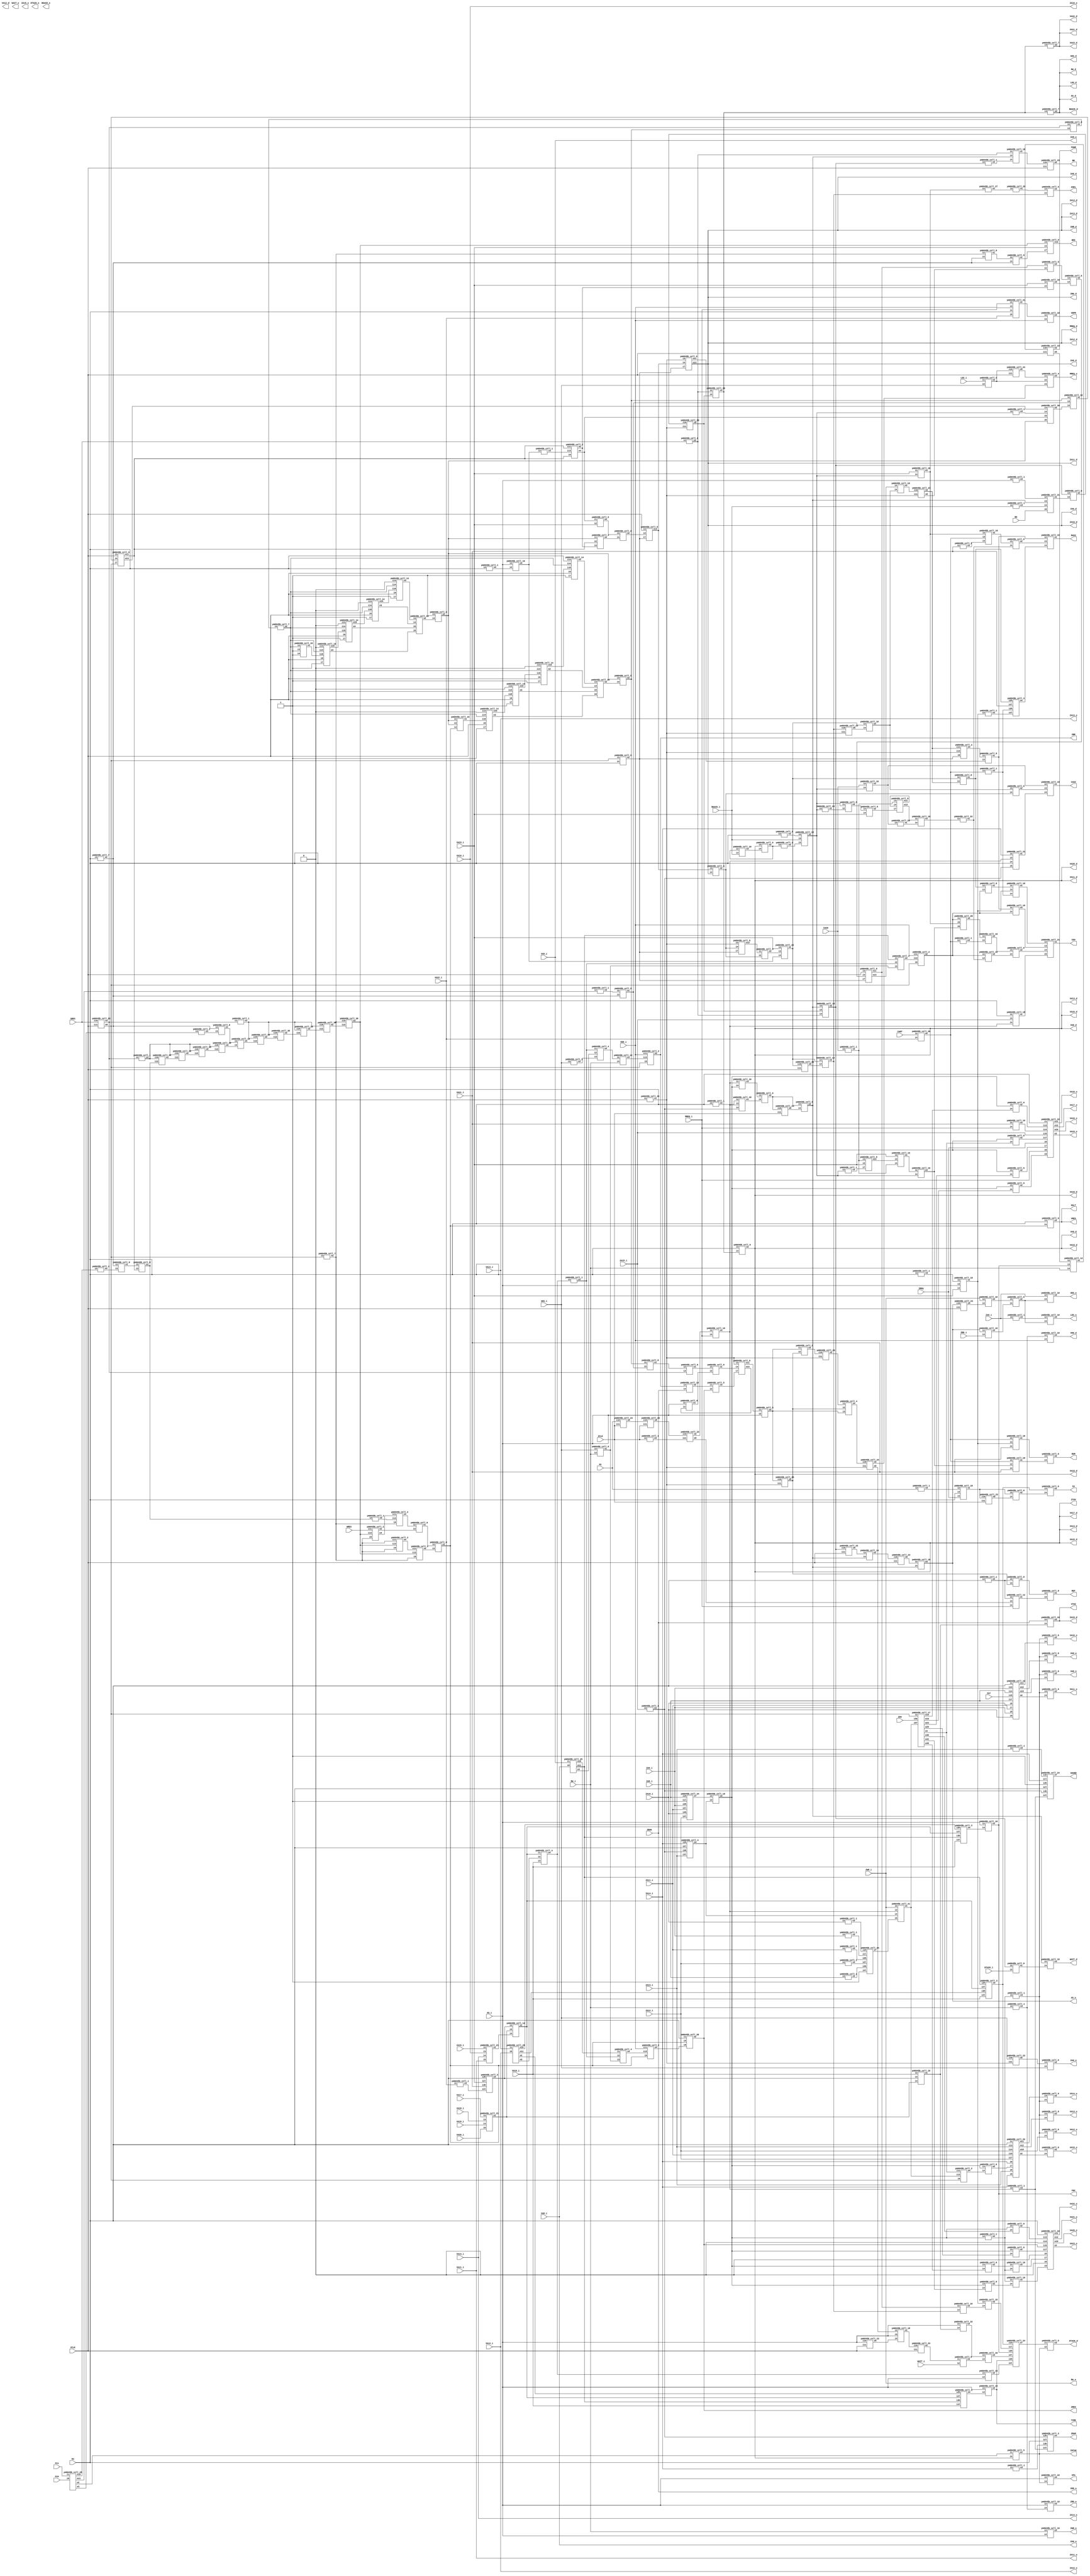
module ym6045b (  VA9_o, VA9_d, VA9_i, VA10_o, VA10_d, VA10_i, VA11_o, VA11_d, VA11_i, VA12_o, VA12_d, VA12_i, VA13_o, VA13_d, VA13_i, VA14_o, VA14_d, VA14_i, VA15_o, VA15_d, VA15_i, VA16_o, VA16_d, VA16_i, VA17_o, VA17_d, VA17_i, VA18_o, VA18_d, VA18_i, VA19_o, VA19_d, VA19_i, VA20_o, VA20_d, VA20_i, VA21_o, VA21_d, VA21_i, VA22_o, VA22_d, VA22_i, VA23_o, VA23_d, VA23_i, FC0, FC1, VPA, VRES, HALT, VD8_o, VD8_d, VD8_i, VCLK, TIME, CAS0, DTACK_o, DTACK_d, DTACK_i, RW_o, RW_d, RW_i, LDS_o, LDS_d, LDS_i, UDS_o, UDS_d, UDS_i, AS_o, AS_d, AS_i, INTAK, VDPM, BG, BGACK_o, BGACK_d, BGACK_i, BR, SOUND, ZCLK, WRES, ZRAM, REF, M1, ZRES, ZBR, WAIT_o, WAIT_d, WAIT_i, ZBAK, ZWR_o, ZWR_d, ZWR_i, ZRD_o, ZRD_d, ZRD_i, IREQ, MREQ_o, MREQ_d, MREQ_i, NMI, ZA0_o, ZA0_d, ZA0_i, ZA7, ZA8_o, ZA8_d, ZA8_i, ZA9_o, ZA9_d, ZA9_i, ZA10_o, ZA10_d, ZA10_i, ZA11_o, ZA11_d, ZA11_i, ZA12_o, ZA12_d, ZA12_i, ZA13_o, ZA13_d, ZA13_i, ZA14_o, ZA14_d, ZA14_i, ZA15_o, ZA15_d, ZA15_i, ZD0, FDWR, FDC, ROM, ASEL, CAS2, RAS2, CE0, VTOZ, ZTOV, SRES, IO, M3, CART, VA8_o, VA8_d, VA8_i);

	output wire VA9_o;
	output wire VA9_d;
	input wire VA9_i;
	output wire VA10_o;
	output wire VA10_d;
	input wire VA10_i;
	output wire VA11_o;
	output wire VA11_d;
	input wire VA11_i;
	output wire VA12_o;
	output wire VA12_d;
	input wire VA12_i;
	output wire VA13_o;
	output wire VA13_d;
	input wire VA13_i;
	output wire VA14_o;
	output wire VA14_d;
	input wire VA14_i;
	output wire VA15_o;
	output wire VA15_d;
	input wire VA15_i;
	output wire VA16_o;
	output wire VA16_d;
	input wire VA16_i;
	output wire VA17_o;
	output wire VA17_d;
	input wire VA17_i;
	output wire VA18_o;
	output wire VA18_d;
	input wire VA18_i;
	output wire VA19_o;
	output wire VA19_d;
	input wire VA19_i;
	output wire VA20_o;
	output wire VA20_d;
	input wire VA20_i;
	output wire VA21_o;
	output wire VA21_d;
	input wire VA21_i;
	output wire VA22_o;
	output wire VA22_d;
	input wire VA22_i;
	output wire VA23_o;
	output wire VA23_d;
	input wire VA23_i;
	input wire FC0;
	input wire FC1;
	output wire VPA;
	output wire VRES;
	output wire HALT;
	output wire VD8_o;
	output wire VD8_d;
	input wire VD8_i;
	input wire VCLK;
	output wire TIME;
	input wire CAS0;
	output wire DTACK_o;
	output wire DTACK_d;
	input wire DTACK_i;
	output wire RW_o;
	output wire RW_d;
	input wire RW_i;
	output wire LDS_o;
	output wire LDS_d;
	input wire LDS_i;
	output wire UDS_o;
	output wire UDS_d;
	input wire UDS_i;
	output wire AS_o;
	output wire AS_d;
	input wire AS_i;
	output wire INTAK;
	output wire VDPM;
	input wire BG;
	output wire BGACK_o;
	output wire BGACK_d;
	input wire BGACK_i;
	output wire BR;
	output wire SOUND;
	input wire ZCLK;
	input wire WRES;
	output wire ZRAM;
	output wire REF;
	input wire M1;
	output wire ZRES;
	output wire ZBR;
	output wire WAIT_o;
	output wire WAIT_d;
	input wire WAIT_i;
	input wire ZBAK;
	output wire ZWR_o;
	output wire ZWR_d;
	input wire ZWR_i;
	output wire ZRD_o;
	output wire ZRD_d;
	input wire ZRD_i;
	input wire IREQ;
	output wire MREQ_o;
	output wire MREQ_d;
	input wire MREQ_i;
	output wire NMI;
	output wire ZA0_o;
	output wire ZA0_d;
	input wire ZA0_i;
	input wire ZA7;
	output wire ZA8_o;
	output wire ZA8_d;
	input wire ZA8_i;
	output wire ZA9_o;
	output wire ZA9_d;
	input wire ZA9_i;
	output wire ZA10_o;
	output wire ZA10_d;
	input wire ZA10_i;
	output wire ZA11_o;
	output wire ZA11_d;
	input wire ZA11_i;
	output wire ZA12_o;
	output wire ZA12_d;
	input wire ZA12_i;
	output wire ZA13_o;
	output wire ZA13_d;
	input wire ZA13_i;
	output wire ZA14_o;
	output wire ZA14_d;
	input wire ZA14_i;
	output wire ZA15_o;
	output wire ZA15_d;
	input wire ZA15_i;
	input wire ZD0;
	output wire FDWR;
	output wire FDC;
	output wire ROM;
	output wire ASEL;
	output wire CAS2;
	output wire RAS2;
	output wire CE0;
	output wire VTOZ;
	output wire ZTOV;
	input wire SRES;
	output wire IO;
	input wire M3;
	input wire CART;
	output wire VA8_o;
	output wire VA8_d;
	input wire VA8_i;

	// Wires

	wire w1;
	wire w2;
	wire w3;
	wire w4;
	wire w5;
	wire w6;
	wire w7;
	wire w8;
	wire w9;
	wire w10;
	wire w11;
	wire w12;
	wire w13;
	wire w14;
	wire w15;
	wire w16;
	wire w17;
	wire w18;
	wire w19;
	wire w20;
	wire w21;
	wire w22;
	wire w23;
	wire w24;
	wire w25;
	wire w26;
	wire w27;
	wire w28;
	wire w29;
	wire w30;
	wire w31;
	wire w32;
	wire w33;
	wire w34;
	wire w35;
	wire w36;
	wire w37;
	wire w38;
	wire w39;
	wire w40;
	wire w41;
	wire w42;
	wire w43;
	wire w44;
	wire w45;
	wire w46;
	wire w47;
	wire w48;
	wire w49;
	wire w50;
	wire w51;
	wire w52;
	wire w53;
	wire w54;
	wire w55;
	wire w56;
	wire w57;
	wire w58;
	wire w59;
	wire w60;
	wire w61;
	wire w62;
	wire w63;
	wire w64;
	wire w65;
	wire w66;
	wire w67;
	wire w68;
	wire w69;
	wire w70;
	wire w71;
	wire w72;
	wire w73;
	wire w74;
	wire w75;
	wire w76;
	wire w77;
	wire w78;
	wire w79;
	wire w80;
	wire w81;
	wire w82;
	wire w83;
	wire w84;
	wire w85;
	wire w86;
	wire w87;
	wire w88;
	wire w89;
	wire w90;
	wire w91;
	wire w92;
	wire w93;
	wire w94;
	wire w95;
	wire w96;
	wire w97;
	wire w98;
	wire w99;
	wire w100;
	wire w101;
	wire w102;
	wire w103;
	wire w104;
	wire w105;
	wire w106;
	wire w107;
	wire w108;
	wire w109;
	wire w110;
	wire w111;
	wire w112;
	wire w113;
	wire w114;
	wire w115;
	wire w116;
	wire w117;
	wire w118;
	wire w119;
	wire w120;
	wire w121;
	wire w122;
	wire w123;
	wire w124;
	wire w125;
	wire w126;
	wire w127;
	wire w128;
	wire w129;
	wire w130;
	wire w131;
	wire w132;
	wire w133;
	wire w134;
	wire w135;
	wire w136;
	wire w137;
	wire w138;
	wire w139;
	wire w140;
	wire w141;
	wire w142;
	wire w143;
	wire w144;
	wire w145;
	wire w146;
	wire w147;
	wire w148;
	wire w149;
	wire w150;
	wire w151;
	wire w152;
	wire w153;
	wire w154;
	wire w155;
	wire w156;
	wire w157;
	wire w158;
	wire w159;
	wire w160;
	wire w161;
	wire w162;
	wire w163;
	wire w164;
	wire w165;
	wire w166;
	wire w167;
	wire w168;
	wire w169;
	wire w170;
	wire w171;
	wire w172;
	wire w173;
	wire w174;
	wire w175;
	wire w176;
	wire w177;
	wire w178;
	wire w179;
	wire w180;
	wire w181;
	wire w182;
	wire w183;
	wire w184;
	wire w185;
	wire w186;
	wire w187;
	wire w188;
	wire w189;
	wire w190;
	wire w191;
	wire w192;
	wire w193;
	wire w194;
	wire w195;
	wire w196;
	wire w197;
	wire w198;
	wire w199;
	wire w200;
	wire w201;
	wire w202;
	wire w203;
	wire w204;
	wire w205;
	wire w206;
	wire w207;
	wire w208;
	wire w209;
	wire w210;
	wire w211;
	wire w212;
	wire w213;
	wire w214;
	wire w215;
	wire w216;
	wire w217;
	wire w218;
	wire w219;
	wire w220;
	wire w221;
	wire w222;
	wire w223;
	wire w224;
	wire w225;
	wire w226;
	wire w227;
	wire w228;
	wire w229;
	wire w230;
	wire w231;
	wire w232;
	wire w233;
	wire w234;
	wire w235;
	wire w236;
	wire w237;
	wire w238;
	wire w239;
	wire w240;
	wire w241;
	wire w242;
	wire w243;
	wire w244;
	wire w245;
	wire w246;
	wire w247;
	wire w248;
	wire w249;
	wire w250;
	wire w251;
	wire w252;
	wire w253;
	wire w254;
	wire w255;
	wire w256;
	wire w257;
	wire w258;
	wire w259;
	wire w260;
	wire w261;
	wire w262;
	wire w263;
	wire w264;
	wire w265;
	wire w266;
	wire w267;
	wire w268;
	wire w269;
	wire w270;
	wire w271;
	wire w272;
	wire w273;
	wire w274;
	wire w275;
	wire w276;
	wire w277;
	wire w278;
	wire w279;
	wire w280;
	wire w281;
	wire w282;
	wire w283;
	wire w284;
	wire w285;
	wire w286;
	wire w287;
	wire w288;
	wire w289;
	wire w290;
	wire w291;
	wire w292;
	wire w293;
	wire w294;
	wire w295;
	wire w296;
	wire w297;
	wire w298;
	wire w299;
	wire w300;
	wire w301;
	wire w302;
	wire w303;
	wire w304;
	wire w305;
	wire w306;
	wire w307;
	wire w308;
	wire w309;
	wire w310;
	wire w311;
	wire w312;
	wire w313;
	wire w314;
	wire w315;
	wire w316;
	wire w317;
	wire w318;
	wire w319;
	wire w320;
	wire w321;
	wire w322;
	wire w323;
	wire w324;
	wire w325;
	wire w326;
	wire w327;
	wire w328;
	wire w329;
	wire w330;
	wire w331;
	wire w332;
	wire w333;
	wire w334;
	wire w335;
	wire w336;
	wire w337;
	wire w338;
	wire w339;
	wire w340;
	wire w341;
	wire w342;
	wire w343;
	wire w344;
	wire w345;
	wire w346;
	wire w347;
	wire w348;
	wire w349;
	wire w350;
	wire w351;
	wire w352;
	wire w353;
	wire w354;
	wire w355;
	wire w356;
	wire w357;
	wire w358;
	wire w359;
	wire w360;
	wire w361;
	wire w362;
	wire w363;
	wire w364;
	wire w365;
	wire w366;
	wire w367;
	wire w368;
	wire w369;
	wire w370;
	wire w371;
	wire w372;
	wire w373;
	wire w374;
	wire w375;
	wire w376;
	wire w377;
	wire w378;
	wire w379;
	wire w380;
	wire w381;
	wire w382;
	wire w383;
	wire w384;
	wire w385;
	wire w386;
	wire w387;
	wire w388;
	wire w389;
	wire w390;
	wire w391;
	wire w392;
	wire w393;
	wire w394;

	assign VA9_o = w12;
	assign VA9_d = w221;
	assign w364 = VA9_i;
	assign VA10_o = w15;
	assign VA10_d = w221;
	assign w77 = VA10_i;
	assign VA11_o = w19;
	assign VA11_d = w221;
	assign w75 = VA11_i;
	assign VA12_o = w262;
	assign w59 = VA12_i;
	assign VA13_o = w271;
	assign VA13_d = w221;
	assign w40 = VA13_i;
	assign VA14_o = w282;
	assign VA14_d = w221;
	assign w41 = VA14_i;
	assign VA15_o = w287;
	assign VA15_d = w221;
	assign w277 = VA15_i;
	assign VA16_o = w337;
	assign VA16_d = w221;
	assign w203 = VA16_i;
	assign VA17_o = w338;
	assign VA17_d = w221;
	assign w367 = VA17_i;
	assign VA18_o = w339;
	assign VA18_d = w221;
	assign w368 = VA18_i;
	assign VA19_o = w369;
	assign VA19_d = w221;
	assign w370 = VA19_i;
	assign VA20_o = w372;
	assign VA20_d = w221;
	assign w371 = VA20_i;
	assign VA21_o = w373;
	assign VA21_d = w374;
	assign w245 = VA21_i;
	assign VA22_o = w375;
	assign VA22_d = w374;
	assign w234 = VA22_i;
	assign VA23_o = w376;
	assign VA23_d = w374;
	assign w108 = VA23_i;
	assign w305 = FC0;
	assign w304 = FC1;
	assign VPA = w302;
	assign VRES = w303;
	assign HALT = w303;
	assign VD8_o = w145;
	assign VD8_d = w174;
	assign w119 = VD8_i;
	assign w10 = VCLK;
	assign TIME = w202;
	assign w43 = CAS0;
	assign DTACK_o = w296;
	assign DTACK_d = w292;
	assign w211 = DTACK_i;
	assign RW_o = w377;
	assign RW_d = w297;
	assign w31 = RW_i;
	assign LDS_o = w134;
	assign LDS_d = w297;
	assign w298 = LDS_i;
	assign UDS_o = w133;
	assign UDS_d = w297;
	assign w139 = UDS_i;
	assign AS_o = w152;
	assign AS_d = w297;
	assign w5 = AS_i;
	assign INTAK = w293;
	assign VDPM = w291;
	assign w209 = BG;
	assign BGACK_o = w294;
	assign BGACK_d = w297;
	assign w210 = BGACK_i;
	assign BR = w295;
	assign SOUND = w110;
	assign w151 = ZCLK;
	assign w140 = WRES;
	assign ZRAM = w384;
	assign REF = w167;
	assign w385 = M1;
	assign ZRES = w169;
	assign ZBR = w171;
	assign WAIT_o = w164;
	assign WAIT_d = w178;
	assign w48 = WAIT_i;
	assign w145 = ZBAK;
	assign ZWR_o = w386;
	assign ZWR_d = w95;
	assign w377 = ZWR_i;
	assign ZRD_o = w387;
	assign ZRD_d = w95;
	assign w388 = ZRD_i;
	assign w147 = IREQ;
	assign MREQ_o = w180;
	assign MREQ_d = w95;
	assign w123 = MREQ_i;
	assign NMI = w391;
	assign ZA0_o = w389;
	assign ZA0_d = w95;
	assign w390 = ZA0_i;
	assign w379 = ZA7;
	assign ZA8_o = w2;
	assign ZA8_d = w95;
	assign w378 = ZA8_i;
	assign ZA9_o = w364;
	assign ZA9_d = w95;
	assign w73 = ZA9_i;
	assign ZA10_o = w77;
	assign ZA10_d = w95;
	assign w72 = ZA10_i;
	assign ZA11_o = w75;
	assign ZA11_d = w95;
	assign w71 = ZA11_i;
	assign ZA12_o = w59;
	assign ZA12_d = w95;
	assign w76 = ZA12_i;
	assign ZA13_o = w40;
	assign ZA13_d = w95;
	assign w90 = ZA13_i;
	assign ZA14_o = w41;
	assign ZA14_d = w95;
	assign w49 = ZA14_i;
	assign ZA15_o = w1;
	assign ZA15_d = w11;
	assign w8 = ZA15_i;
	assign w247 = ZD0;
	assign FDWR = w192;
	assign FDC = w193;
	assign ROM = w230;
	assign ASEL = w235;
	assign CAS2 = w194;
	assign RAS2 = w233;
	assign CE0 = w9;
	assign VTOZ = w11;
	assign ZTOV = w221;
	assign w229 = SRES;
	assign IO = w195;
	assign w53 = M3;
	assign w231 = CART;
	assign VA8_o = w4;
	assign VA8_d = w221;
	assign w2 = VA8_i;

	// Instances

	ym6045b_cell_23 g1 (.o5(w3), .i10(w5), .i11(w10) );
	ym6045b_cell_18 g2 (.o1(w7), .i2(w6), .i3(w5), .i4(w3) );
	ym6045b_cell_23 g3 (.o2(w13), .i10(w7), .i11(w10) );
	ym6045b_cell_6 g4 (.o2(w15), .i3(w14), .i4(w16) );
	ym6045b_cell_6 g5 (.o2(w4), .i3(w14), .i4(w17) );
	ym6045b_cell_6 g6 (.o2(w19), .i3(w14), .i4(w20) );
	ym6045b_cell_10 g7 (.i2(w21), .o3(w22), .i4(w23) );
	ym6045b_cell_21 g8 (.o1(w9), .i2(w35), .i3(w22), .i4(w36), .i5(w50) );
	ym6045b_cell_6 g9 (.o2(w36), .i3(w37), .i4(w38) );
	ym6045b_cell_10 g10 (.i2(w23), .o3(w38), .i4(w18) );
	ym6045b_cell_20 g11 (.o1(w32), .i2(w39) );
	ym6045b_cell_5 g12 (.i1(w13), .i2(w48), .o3(w47) );
	ym6045b_cell_18 g13 (.o1(w50), .i2(w53), .i3(w8), .i4(w54) );
	ym6045b_cell_21 g14 (.o1(w45), .i2(w49), .i3(w54), .i4(w53), .i5(w55) );
	ym6045b_cell_6 g15 (.o2(w12), .i3(w14), .i4(w60) );
	ym6045b_cell_6 g16 (.o2(w61), .i3(w62), .i4(w53) );
	ym6045b_cell_7 g17 (.o2(w63), .i3(w64) );
	ym6045b_cell_8 g18 (.o1(w64), .i2(w65), .i3(w66) );
	ym6045b_cell_22 g19 (.i1(w53), .o2(w20), .i6(w72), .i7(w71), .i8(w73), .i9(w72), .o11(w16), .o12(w60), .i13(w73), .i14(w378), .i15(w379), .i17(w378), .o19(w17) );
	ym6045b_cell_24 g20 (.i1h(w378), .i1l(1'b1), .i2h(w73), .i2l(w71), .i4h(w72), .i4l(w76), .o7(w78) );
	ym6045b_cell_1 g21 (.i2(w72), .o3(w380) );
	ym6045b_cell_1 g22 (.i2(w76), .o3(w79) );
	ym6045b_cell_1 g23 (.i2(w71), .o3(w381) );
	ym6045b_cell_10 g24 (.i2(w78), .o3(w86), .i4(w91) );
	ym6045b_cell_1 g25 (.i2(w73), .o3(w89) );
	ym6045b_cell_24 g26 (.i1h(w380), .i1l(w89), .i2h(w381), .i2l(w79), .i4h(w382), .i4l(1'b1), .o7(w92) );
	ym6045b_cell_1 g27 (.i2(w378), .o3(w382) );
	ym6045b_cell_5 g28 (.i1(w88), .i2(w80), .o3(w87) );
	ym6045b_cell_9 g29 (.i3(w96), .i4(w80), .i7(w61), .o13(w88) );
	ym6045b_cell_1 g30 (.i2(w90), .o3(w383) );
	ym6045b_cell_3 g31 (.i2h(w49), .i2l(w53), .i3h(w55), .i3l(w90), .o4(w91) );
	ym6045b_cell_21 g32 (.o1(w98), .i2(w377), .i3(w54), .i4(w91), .i5(w92) );
	ym6045b_cell_1 g33 (.i2(w8), .o3(w55) );
	ym6045b_cell_25 g34 (.i1(w364), .o3(w99), .i6(w2), .o10(w107), .o11(w57) );
	ym6045b_cell_1 g35 (.i2(w54), .o3(w109) );
	ym6045b_cell_1 g36 (.i2(w49), .o3(w393) );
	ym6045b_cell_3 g37 (.i2h(w55), .i2l(w53), .i3h(w393), .i3l(w109), .o4(w384) );
	ym6045b_cell_24 g38 (.i1h(w383), .i1l(w49), .i2h(1'b1), .i2l(w53), .i4h(w55), .i4l(w109), .o7(w110) );
	ym6045b_cell_1 g39 (.i2(w53), .o3(w111) );
	ym6045b_cell_18 g40 (.o1(w113), .i2(w111), .i3(w54), .i4(w55) );
	ym6045b_cell_10 g41 (.i2(w54), .o3(w114), .i4(w86) );
	ym6045b_cell_6 g42 (.o2(w115), .i3(w114), .i4(w113) );
	ym6045b_cell_4 g43 (.i1(w107), .i2(w52), .i3(w116), .o4(w117) );
	ym6045b_cell_4 g44 (.i1(w57), .i2(w52), .i3(w116), .o4(w118) );
	ym6045b_cell_2 g45 (.o2(w23), .i9(w62), .i11(w119), .i13(w118) );
	ym6045b_cell_10 g46 (.i2(w124), .o3(w54), .i4(w123) );
	ym6045b_cell_8 g47 (.o1(w125), .i2(w66), .i3(w84) );
	ym6045b_cell_8 g48 (.o1(w126), .i2(w125), .i3(w65) );
	ym6045b_cell_9 g49 (.i3(w128), .i4(w108), .i7(w130), .o13(w391) );
	ym6045b_cell_1 g50 (.i2(w390), .o3(w132) );
	ym6045b_cell_10 g51 (.i2(w390), .o3(w133), .i4(w137) );
	ym6045b_cell_10 g52 (.i2(w132), .o3(w134), .i4(w137) );
	ym6045b_cell_6 g53 (.o2(w389), .i3(w138), .i4(w139) );
	ym6045b_cell_23 g54 (.o5(w138), .i10(w139), .i11(w96) );
	ym6045b_cell_4 g55 (.i1(w52), .i2(w99), .i3(w141), .o4(w142) );
	ym6045b_cell_1 g56 (.i2(w139), .o3(w141) );
	ym6045b_cell_8 g57 (.o1(w116), .i2(w139), .i3(w31) );
	ym6045b_cell_6 g58 (.o2(w137), .i3(w148), .i4(w149) );
	ym6045b_cell_10 g59 (.i2(w377), .o3(w148), .i4(w150) );
	ym6045b_cell_10 g60 (.i2(w152), .o3(w149), .i4(w388) );
	ym6045b_cell_18 g61 (.o1(w189), .i2(w190), .i3(w53), .i4(w147) );
	ym6045b_cell_1 g62 (.i2(w385), .o3(w190) );
	ym6045b_cell_23 g63 (.o5(w191), .i10(w385), .i11(w151) );
	ym6045b_cell_23 g64 (.o5(w186), .i10(w191), .i11(w151) );
	ym6045b_cell_23 g65 (.o2(w124), .o5(w177), .i10(w186), .i11(w185) );
	ym6045b_cell_1 g66 (.i2(w151), .o3(w185) );
	ym6045b_cell_10 g67 (.i2(w5), .o3(w387), .i4(w184) );
	ym6045b_cell_1 g68 (.i2(w31), .o3(w184) );
	ym6045b_cell_10 g69 (.i2(w184), .o3(w174), .i4(w119) );
	ym6045b_cell_6 g70 (.o2(w104), .i3(w115), .i4(w179) );
	ym6045b_cell_23 g71 (.o5(w179), .i10(w115), .i11(w151) );
	ym6045b_cell_10 g72 (.i2(w31), .o3(w386), .i4(w5) );
	ym6045b_cell_12 g73 (.o1(w168), .i2(w165), .i3(w177), .i4(w123) );
	ym6045b_cell_1 g74 (.i2(w53), .o3(w165) );
	ym6045b_cell_10 g75 (.i2(w142), .o3(w176), .i4(w31) );
	ym6045b_cell_2 g76 (.o2(w171), .i9(w62), .i11(w119), .i13(w176) );
	ym6045b_cell_10 g77 (.i2(w171), .o3(w170), .i4(w145) );
	ym6045b_cell_5 g78 (.i1(w170), .i2(w169), .o3(w156) );
	ym6045b_cell_8 g79 (.o1(w167), .i2(w166), .i3(w168) );
	ym6045b_cell_8 g80 (.o1(w166), .i2(w165), .i3(w159) );
	ym6045b_cell_23 g81 (.o2(w163), .o5(w6), .i10(w162), .i11(w96) );
	ym6045b_cell_23 g82 (.o5(w159), .i10(w158), .i11(w96) );
	ym6045b_cell_4 g83 (.i1(w161), .i2(w159), .i3(w158), .o4(w162) );
	ym6045b_cell_23 g84 (.o2(w161), .i10(w160), .i11(w96) );
	ym6045b_cell_5 g85 (.i1(w158), .i2(w159), .o3(w160) );
	ym6045b_cell_5 g86 (.i1(w155), .i2(w5), .o3(w158) );
	ym6045b_cell_9 g87 (.i3(w96), .i4(w157), .i7(w156), .o11(w155), .o13(w153) );
	ym6045b_cell_8 g88 (.o1(w157), .i2(w126), .i3(w154) );
	ym6045b_cell_8 g89 (.o1(w154), .i2(w5), .i3(w153) );
	ym6045b_cell_9 g90 (.i3(w24), .i4(w25), .i7(w26), .o11(w25), .o13(w28) );
	ym6045b_cell_6 g91 (.o2(w26), .i3(w27), .i4(w108) );
	ym6045b_cell_10 g92 (.i2(w28), .o3(w29), .i4(w30) );
	ym6045b_cell_33 g93 (.o1(w18), .i2(w29) );
	ym6045b_cell_5 g94 (.i1(w39), .i2(w32), .o3(w27) );
	ym6045b_cell_23 g95 (.o2(w192), .o5(w33), .i10(w34), .i11(w10) );
	ym6045b_cell_12 g96 (.o1(w34), .i2(w33), .i3(w193), .i4(w31) );
	ym6045b_cell_20 g97 (.o1(w30), .i2(w42) );
	ym6045b_cell_1 g98 (.i2(w43), .o3(w24) );
	ym6045b_cell_10 g99 (.i2(w43), .o3(w42), .i4(w39) );
	ym6045b_cell_15 g100 (.o1(w194), .i2(w42), .i3(w44), .i4(w45) );
	ym6045b_cell_10 g101 (.i2(w5), .o3(w193), .i4(w46) );
	ym6045b_cell_10 g102 (.i2(w51), .o3(w199), .i4(w47) );
	ym6045b_cell_10 g103 (.i2(w5), .o3(w51), .i4(w200) );
	ym6045b_cell_1 g104 (.i2(w201), .o3(w52) );
	ym6045b_cell_4 g105 (.i1(w204), .i2(w56), .i3(w203), .o4(w201) );
	ym6045b_cell_3 g106 (.i2h(w58), .i2l(w204), .i3h(w57), .i3l(w203), .o4(w46) );
	ym6045b_cell_25 g107 (.i1(w40), .o2(w67), .o3(w56), .i6(w59), .o10(w58), .o11(w68) );
	ym6045b_cell_3 g108 (.i2h(w57), .i2l(w204), .i3h(w68), .i3l(w203), .o4(w196) );
	ym6045b_cell_3 g109 (.i2h(w67), .i2l(w204), .i3h(w57), .i3l(w203), .o4(w69) );
	ym6045b_cell_10 g110 (.i2(w5), .o3(w202), .i4(w69) );
	ym6045b_cell_1 g111 (.i2(w39), .o3(w70) );
	ym6045b_cell_6 g112 (.o2(w44), .i3(w206), .i4(w80) );
	ym6045b_cell_9 g113 (.i3(w10), .i4(w81), .i7(w62), .o11(w82), .o13(w83) );
	ym6045b_cell_12 g114 (.o1(w81), .i2(w66), .i3(w84), .i4(w85) );
	ym6045b_cell_30 g115 (.o2(w85), .i3(w83), .i4(w70), .i5(w207), .i6(w208) );
	ym6045b_cell_2 g116 (.o4(w93), .i9(w61), .i11(w205), .i13(w96) );
	ym6045b_cell_8 g117 (.o1(w21), .i2(w93), .i3(w94) );
	ym6045b_cell_9 g118 (.i3(w96), .i4(w97), .i7(w61), .o11(w94), .o13(w95) );
	ym6045b_cell_6 g119 (.o2(w80), .i3(w97), .i4(w95) );
	ym6045b_cell_1 g120 (.i2(w5), .o3(w100) );
	ym6045b_cell_1 g121 (.i2(w102), .o3(w103) );
	ym6045b_cell_6 g122 (.o2(w101), .i3(w102), .i4(w106) );
	ym6045b_cell_21 g123 (.o1(w106), .i2(w100), .i3(w104), .i4(w105), .i5(w209) );
	ym6045b_cell_1 g124 (.i2(w210), .o3(w105) );
	ym6045b_cell_23 g125 (.o5(w112), .i10(w102), .i11(w10) );
	ym6045b_cell_18 g126 (.o1(w213), .i2(w120), .i3(w104), .i4(w103) );
	ym6045b_cell_10 g127 (.i2(w112), .o3(w214), .i4(w104) );
	ym6045b_cell_18 g128 (.o1(w102), .i2(w104), .i3(w215), .i4(w120) );
	ym6045b_cell_23 g129 (.o5(w215), .i10(w101), .i11(w96) );
	ym6045b_cell_7 g130 (.o2(w121), .i3(w53) );
	ym6045b_cell_8 g131 (.o1(w84), .i2(w122), .i3(w121) );
	ym6045b_cell_1 g132 (.i2(w216), .o3(w122) );
	ym6045b_cell_2 g133 (.o4(w127), .i9(w217), .i11(w217), .i13(w128) );
	ym6045b_cell_2 g134 (.o2(w129), .i9(w217), .i11(w127), .i13(w128) );
	ym6045b_cell_8 g135 (.o1(w130), .i2(w131), .i3(w121) );
	ym6045b_cell_8 g136 (.o1(w131), .i2(w217), .i3(w121) );
	ym6045b_cell_2 g137 (.o4(w136), .i9(w217), .i11(w135), .i13(w219) );
	ym6045b_cell_2 g138 (.o2(w143), .o4(w135), .i9(w217), .i11(w140), .i13(w128) );
	ym6045b_cell_8 g139 (.o1(w144), .i2(w136), .i3(w143) );
	ym6045b_cell_8 g140 (.o1(w220), .i2(w144), .i3(w129) );
	ym6045b_cell_6 g141 (.o2(w66), .i3(w208), .i4(w146) );
	ym6045b_cell_10 g142 (.i2(w145), .o3(w11), .i4(w200) );
	ym6045b_cell_10 g143 (.i2(w218), .o3(w152), .i4(w104) );
	ym6045b_cell_23 g144 (.o5(w150), .i10(w152), .i11(w10) );
	ym6045b_cell_23 g145 (.o5(w188), .i10(w189), .i11(w151) );
	ym6045b_cell_6 g146 (.o2(w198), .i3(w189), .i4(w188) );
	ym6045b_cell_10 g147 (.i2(w104), .o3(w178), .i4(w187) );
	ym6045b_cell_8 g148 (.o1(w187), .i2(w102), .i3(w211) );
	ym6045b_cell_1 g149 (.i2(w53), .o3(w183) );
	ym6045b_cell_18 g150 (.o1(w39), .i2(w183), .i3(w210), .i4(w182) );
	ym6045b_cell_1 g151 (.i2(w223), .o3(w182) );
	ym6045b_cell_30 g152 (.o2(w146), .i3(w225), .i4(w181), .i5(w173), .i6(w226) );
	ym6045b_cell_14 g153 (.o3(w181), .i6(w10), .i7(1'b1), .i13(1'b0), .i14(w63), .o15(w222), .i18(w175) );
	ym6045b_cell_14 g154 (.o3(w173), .i6(w10), .i7(1'b1), .i13(1'b0), .i14(w63), .o15(w175), .i18(w228) );
	ym6045b_cell_35 g155 (.o1(w96), .i2(w10) );
	ym6045b_cell_6 g156 (.o2(w223), .i3(w221), .i4(w172) );
	ym6045b_cell_10 g157 (.i2(w223), .o3(w172), .i4(w210) );
	ym6045b_cell_6 g158 (.o2(w235), .i3(w236), .i4(w237) );
	ym6045b_cell_20 g159 (.o1(w236), .i2(w238) );
	ym6045b_cell_27 g160 (.o1(w238), .i2(w239) );
	ym6045b_cell_6 g161 (.o2(w244), .i3(w249), .i4(w18) );
	ym6045b_cell_18 g162 (.o1(w249), .i2(w239), .i3(w240), .i4(w250) );
	ym6045b_cell_1 g163 (.i2(w245), .o3(w250) );
	ym6045b_cell_10 g164 (.i2(w108), .o3(w239), .i4(w39) );
	ym6045b_cell_28 g165 (.i1(w23), .o2(w197), .i5(w239), .i6(w248) );
	ym6045b_cell_8 g166 (.o1(w255), .i2(w254), .i3(w23) );
	ym6045b_cell_18 g167 (.o1(w35), .i2(w255), .i3(w243), .i4(w256) );
	ym6045b_cell_10 g168 (.i2(w197), .o3(w37), .i4(w257) );
	ym6045b_cell_1 g169 (.i2(w240), .o3(w257) );
	ym6045b_cell_6 g170 (.o2(w195), .i3(w196), .i4(w198) );
	ym6045b_cell_10 g171 (.i2(w243), .o3(w260), .i4(w263) );
	ym6045b_cell_10 g172 (.i2(w259), .o3(w263), .i4(w237) );
	ym6045b_cell_10 g173 (.i2(w201), .o3(w264), .i4(w5) );
	ym6045b_cell_24 g174 (.i1h(w196), .i1l(w260), .i2h(w193), .i2l(w199), .i4h(w202), .i4l(w264), .o7(w261) );
	ym6045b_cell_23 g175 (.o5(w267), .i10(w266), .i11(w10) );
	ym6045b_cell_10 g176 (.i2(w266), .o3(w237), .i4(w267) );
	ym6045b_cell_6 g177 (.o2(w262), .i3(w14), .i4(w273) );
	ym6045b_cell_8 g178 (.o1(w254), .i2(w266), .i3(w205) );
	ym6045b_cell_6 g179 (.o2(w271), .i3(w14), .i4(w280) );
	ym6045b_cell_23 g180 (.o5(w279), .i10(w237), .i11(w96) );
	ym6045b_cell_10 g181 (.i2(w266), .o3(w206), .i4(w279) );
	ym6045b_cell_18 g182 (.o1(w266), .i2(w108), .i3(w87), .i4(w276) );
	ym6045b_cell_22 g183 (.i1(w53), .o2(w286), .i6(w49), .i7(w322), .i8(w90), .i9(w49), .o11(w281), .o12(w280), .i13(w90), .i14(w76), .i15(w71), .i17(w76), .o19(w273) );
	ym6045b_cell_6 g184 (.o2(w282), .i3(w281), .i4(w14) );
	ym6045b_cell_6 g185 (.o2(w287), .i3(w14), .i4(w286) );
	ym6045b_cell_5 g186 (.i1(w207), .i2(w108), .o3(w289) );
	ym6045b_cell_1 g187 (.i2(w290), .o3(w14) );
	ym6045b_cell_6 g188 (.o2(w321), .i3(w289), .i4(w288) );
	ym6045b_cell_4 g189 (.i1(w208), .i2(w82), .i3(w272), .o4(w288) );
	ym6045b_cell_9 g190 (.i3(w10), .i4(w321), .i7(w61), .o13(w97) );
	ym6045b_cell_6 g191 (.o2(w322), .i3(w86), .i4(w331) );
	ym6045b_cell_2 g192 (.o4(w331), .i9(w62), .i11(w326), .i13(w98) );
	ym6045b_cell_6 g193 (.o2(w332), .i3(w86), .i4(w323) );
	ym6045b_cell_10 g194 (.i2(w290), .o3(w333), .i4(w332) );
	ym6045b_cell_6 g195 (.o2(w334), .i3(w86), .i4(w212) );
	ym6045b_cell_1 g196 (.i2(w86), .o3(w290) );
	ym6045b_cell_10 g197 (.i2(w334), .o3(w335), .i4(w290) );
	ym6045b_cell_1 g198 (.i2(w65), .o3(w343) );
	ym6045b_cell_10 g199 (.i2(w120), .o3(w306), .i4(w215) );
	ym6045b_cell_21 g200 (.o1(w345), .i2(w119), .i3(w123), .i4(w53), .i5(w234) );
	ym6045b_cell_10 g201 (.i2(w245), .o3(w342), .i4(w123) );
	ym6045b_cell_10 g202 (.i2(w345), .o3(w291), .i4(w119) );
	ym6045b_cell_38 g203 (.o2(w347), .i10(w343), .i12(w346) );
	ym6045b_cell_7 g204 (.o2(w217), .i3(w62) );
	ym6045b_cell_38 g205 (.o2(w354), .i10(w343), .i12(w347) );
	ym6045b_cell_38 g206 (.o2(w355), .i10(w343), .i12(w352) );
	ym6045b_cell_1 g207 (.i2(w356), .o3(w219) );
	ym6045b_cell_38 g208 (.o2(w352), .i10(w343), .i12(w354) );
	ym6045b_cell_38 g209 (.o2(w128), .i10(w217), .i12(w355) );
	ym6045b_cell_8 g210 (.o1(w356), .i2(w314), .i3(w82) );
	ym6045b_cell_15 g211 (.o1(w316), .i2(w208), .i3(w208), .i4(w220) );
	ym6045b_cell_14 g212 (.o3(w359), .i6(w10), .i7(1'b1), .i13(1'b0), .i14(w63), .i18(w363) );
	ym6045b_cell_14 g213 (.o3(w361), .i6(w10), .i7(1'b1), .i13(1'b0), .i14(w63), .o15(w363), .i18(w320) );
	ym6045b_cell_14 g214 (.o3(w225), .i6(w10), .i7(1'b1), .i13(w53), .i14(w63), .i18(w222) );
	ym6045b_cell_14 g215 (.o3(w226), .i6(w10), .i7(1'b1), .i13(1'b0), .i14(w63), .o15(w228), .i18(w316) );
	ym6045b_cell_8 g216 (.o1(w314), .i2(w121), .i3(w310) );
	ym6045b_cell_26 g217 (.i2(w231), .i4(w234), .o5(w240) );
	ym6045b_cell_6 g218 (.o2(w230), .i3(w241), .i4(w242) );
	ym6045b_cell_18 g219 (.o1(w241), .i2(w240), .i3(w243), .i4(w245) );
	ym6045b_cell_18 g220 (.o1(w242), .i2(w240), .i3(w248), .i4(w245) );
	ym6045b_cell_1 g221 (.i2(w53), .o3(w246) );
	ym6045b_cell_18 g222 (.o1(w243), .i2(w246), .i3(w5), .i4(w108) );
	ym6045b_cell_15 g223 (.o1(w233), .i2(w21), .i3(w244), .i4(w232) );
	ym6045b_cell_9 g224 (.i3(w24), .i4(w108), .i7(w251), .o13(w252) );
	ym6045b_cell_15 g225 (.o1(w253), .i2(w108), .i3(w252), .i4(w24) );
	ym6045b_cell_10 g226 (.i2(w253), .o3(w248), .i4(w39) );
	ym6045b_cell_1 g227 (.i2(w39), .o3(w251) );
	ym6045b_cell_1 g228 (.i2(w243), .o3(w365) );
	ym6045b_cell_3 g229 (.i2h(w254), .i2l(w245), .i3h(w256), .i3l(w365), .o4(w232) );
	ym6045b_cell_1 g230 (.i2(w240), .o3(w256) );
	ym6045b_cell_1 g231 (.i2(w229), .o3(w120) );
	ym6045b_cell_9 g232 (.i3(w10), .i4(w265), .i7(w61), .o11(w259), .o13(w258) );
	ym6045b_cell_23 g233 (.o2(w65), .o5(w62), .i10(w229), .i11(w10) );
	ym6045b_cell_5 g234 (.i1(w259), .i2(w268), .o3(w269) );
	ym6045b_cell_6 g235 (.o2(w265), .i3(w269), .i4(w270) );
	ym6045b_cell_10 g236 (.i2(w108), .o3(w270), .i4(w272) );
	ym6045b_cell_23 g237 (.o2(w205), .o5(w268), .i10(w274), .i11(w96) );
	ym6045b_cell_10 g238 (.i2(w258), .o3(w274), .i4(w206) );
	ym6045b_cell_2 g239 (.o2(w272), .o4(w207), .i9(w82), .i11(w82), .i13(w275) );
	ym6045b_cell_1 g240 (.i2(w276), .o3(w275) );
	ym6045b_cell_21 g241 (.o1(w278), .i2(w277), .i3(w77), .i4(w41), .i5(w75) );
	ym6045b_cell_10 g242 (.i2(w5), .o3(w276), .i4(w283) );
	ym6045b_cell_1 g243 (.i2(w53), .o3(w283) );
	ym6045b_cell_12 g244 (.o1(w204), .i2(w285), .i3(w284), .i4(w278) );
	ym6045b_cell_18 g245 (.o1(w200), .i2(w203), .i3(w285), .i4(w284) );
	ym6045b_cell_1 g246 (.i2(w234), .o3(w366) );
	ym6045b_cell_3 g247 (.i2h(w53), .i2l(w108), .i3h(w245), .i3l(w366), .o4(w285) );
	ym6045b_cell_17 g248 (.i2(w62), .o3(w326), .o10(w330), .o16(w329), .o23(w328), .o29(w325), .o36(w324), .o42(w323), .o49(w212), .i56(w247), .i57(w98) );
	ym6045b_cell_6 g249 (.o2(w336), .i3(w86), .i4(w329) );
	ym6045b_cell_6 g250 (.o2(w341), .i3(w86), .i4(w324) );
	ym6045b_cell_6 g251 (.o2(w340), .i3(w86), .i4(w330) );
	ym6045b_cell_6 g252 (.o2(w327), .i3(w86), .i4(w326) );
	ym6045b_cell_22 g253 (.i1(w53), .o2(w369), .i6(w147), .i7(w344), .i8(w123), .i9(w336), .o11(w339), .o12(w338), .i13(w340), .i14(w342), .i15(w8), .i17(w327), .o19(w337) );
	ym6045b_cell_6 g254 (.o2(w344), .i3(w86), .i4(w328) );
	ym6045b_cell_6 g255 (.o2(w348), .i3(w86), .i4(w325) );
	ym6045b_cell_21 g256 (.o1(w284), .i2(w367), .i3(w368), .i4(w370), .i5(w371) );
	ym6045b_cell_23 g257 (.o5(w218), .i10(w214), .i11(w10) );
	ym6045b_cell_1 g258 (.i2(w65), .o3(w349) );
	ym6045b_cell_10 g259 (.i2(w350), .o3(w346), .i4(w351) );
	ym6045b_cell_38 g260 (.o2(w351), .i10(w349), .i12(w353) );
	ym6045b_cell_38 g261 (.o2(w353), .i10(w349), .i12(w357) );
	ym6045b_cell_8 g262 (.o1(w350), .i2(w121), .i3(w311) );
	ym6045b_cell_22 g263 (.i1(w53), .o2(w376), .i6(1'b0), .i7(w335), .i8(1'b0), .i9(w333), .o11(w375), .o12(w373), .i13(w341), .i14(1'b0), .i15(w169), .i17(w348), .o19(w372) );
	ym6045b_cell_38 g264 (.o2(w357), .i10(w349), .i12(w360) );
	ym6045b_cell_38 g265 (.o2(w360), .i10(w349), .i12(w356) );
	ym6045b_cell_30 g266 (.o2(w362), .i3(w359), .i4(w361), .i5(w317), .i6(w313) );
	ym6045b_cell_6 g267 (.o2(w208), .i3(1'b1), .i4(w362) );
	ym6045b_cell_14 g268 (.o3(w317), .i6(w10), .i7(1'b1), .i13(1'b0), .i14(w63), .o15(w320), .i18(w319) );
	ym6045b_cell_15 g269 (.o1(w318), .i2(w63), .i3(1'b1), .i4(1'b1) );
	ym6045b_cell_14 g270 (.o3(w313), .i6(w10), .i7(1'b1), .i13(1'b0), .i14(w63), .o15(w319), .i18(w318) );
	ym6045b_cell_7 g271 (.o2(w374), .i3(w306) );
	ym6045b_cell_6 g272 (.o2(w221), .i3(w53), .i4(w306) );
	ym6045b_cell_1 g273 (.i2(w308), .o3(w311) );
	ym6045b_cell_1 g274 (.i2(w309), .o3(w310) );
	ym6045b_cell_25 g275 (.i1(w304), .o2(w307), .o3(w308), .i6(w305), .o10(w309), .o11(w216) );
	ym6045b_cell_5 g276 (.i1(w307), .i2(w221), .o3(w293) );
	ym6045b_cell_7 g277 (.o2(w297), .i3(w306) );
	ym6045b_cell_23 g278 (.o5(w295), .i10(w213), .i11(w10) );
	ym6045b_cell_5 g279 (.i1(w261), .i2(w293), .o3(w292) );
	ym6045b_cell_28 g280 (.i1(w53), .o2(w169), .i5(w220), .i6(w301) );
	ym6045b_cell_2 g281 (.o4(w301), .i9(w220), .i11(w119), .i13(w117) );
	ym6045b_cell_6 g282 (.o2(w303), .i3(w53), .i4(w220) );
	ym6045b_cell_10 g283 (.i2(w5), .o3(w302), .i4(w293) );
	ym6045b_cell_4 g284 (.i1(w300), .i2(w299), .i3(w163), .o4(w180) );
	ym6045b_cell_23 g285 (.o5(w300), .i10(w299), .i11(w10) );
	ym6045b_cell_5 g286 (.i1(w298), .i2(w139), .o3(w299) );
endmodule // ym6045b

// Module Definitions [It is possible to wrap here on your primitives]

module ym6045b_cell_23 (  o2, o5, i10, i11);

	output wire o2;
	output wire o5;
	input wire i10;
	input wire i11;

endmodule // ym6045b_cell_23

module ym6045b_cell_18 (  o1, i2, i3, i4);

	output wire o1;
	input wire i2;
	input wire i3;
	input wire i4;

endmodule // ym6045b_cell_18

module ym6045b_cell_6 (  o2, i3, i4);

	output wire o2;
	input wire i3;
	input wire i4;

endmodule // ym6045b_cell_6

module ym6045b_cell_10 (  i2, o3, i4);

	input wire i2;
	output wire o3;
	input wire i4;

endmodule // ym6045b_cell_10

module ym6045b_cell_21 (  o1, i2, i3, i4, i5);

	output wire o1;
	input wire i2;
	input wire i3;
	input wire i4;
	input wire i5;

endmodule // ym6045b_cell_21

module ym6045b_cell_20 (  o1, i2);

	output wire o1;
	input wire i2;

endmodule // ym6045b_cell_20

module ym6045b_cell_5 (  i1, i2, o3);

	input wire i1;
	input wire i2;
	output wire o3;

endmodule // ym6045b_cell_5

module ym6045b_cell_7 (  o2, i3);

	output wire o2;
	input wire i3;

endmodule // ym6045b_cell_7

module ym6045b_cell_8 (  o1, i2, i3);

	output wire o1;
	input wire i2;
	input wire i3;

endmodule // ym6045b_cell_8

module ym6045b_cell_22 (  i1, o2, i6, i7, i8, i9, o11, o12, i13, i14, i15, i17, o19);

	input wire i1;
	output wire o2;
	input wire i6;
	input wire i7;
	input wire i8;
	input wire i9;
	output wire o11;
	output wire o12;
	input wire i13;
	input wire i14;
	input wire i15;
	input wire i17;
	output wire o19;

endmodule // ym6045b_cell_22

module ym6045b_cell_24 (  i1h, i1l, i2h, i2l, i4h, i4l, o7);

	input wire i1h;
	input wire i1l;
	input wire i2h;
	input wire i2l;
	input wire i4h;
	input wire i4l;
	output wire o7;

endmodule // ym6045b_cell_24

module ym6045b_cell_1 (  i2, o3);

	input wire i2;
	output wire o3;

endmodule // ym6045b_cell_1

module ym6045b_cell_9 (  i3, i4, i7, o11, o13);

	input wire i3;
	input wire i4;
	input wire i7;
	output wire o11;
	output wire o13;

endmodule // ym6045b_cell_9

module ym6045b_cell_3 (  i2h, i2l, i3h, i3l, o4);

	input wire i2h;
	input wire i2l;
	input wire i3h;
	input wire i3l;
	output wire o4;

endmodule // ym6045b_cell_3

module ym6045b_cell_25 (  i1, o2, o3, i6, o10, o11);

	input wire i1;
	output wire o2;
	output wire o3;
	input wire i6;
	output wire o10;
	output wire o11;

endmodule // ym6045b_cell_25

module ym6045b_cell_4 (  i1, i2, i3, o4);

	input wire i1;
	input wire i2;
	input wire i3;
	output wire o4;

endmodule // ym6045b_cell_4

module ym6045b_cell_2 (  o2, o4, i9, i11, i13);

	output wire o2;
	output wire o4;
	input wire i9;
	input wire i11;
	input wire i13;

endmodule // ym6045b_cell_2

module ym6045b_cell_12 (  o1, i2, i3, i4);

	output wire o1;
	input wire i2;
	input wire i3;
	input wire i4;

endmodule // ym6045b_cell_12

module ym6045b_cell_33 (  o1, i2);

	output wire o1;
	input wire i2;

endmodule // ym6045b_cell_33

module ym6045b_cell_15 (  o1, i2, i3, i4);

	output wire o1;
	input wire i2;
	input wire i3;
	input wire i4;

endmodule // ym6045b_cell_15

module ym6045b_cell_30 (  o2, i3, i4, i5, i6);

	output wire o2;
	input wire i3;
	input wire i4;
	input wire i5;
	input wire i6;

endmodule // ym6045b_cell_30

module ym6045b_cell_14 (  o2, o3, i6, i7, i13, i14, o15, i18);

	output wire o2;
	output wire o3;
	input wire i6;
	input wire i7;
	input wire i13;
	input wire i14;
	output wire o15;
	input wire i18;

endmodule // ym6045b_cell_14

module ym6045b_cell_35 (  o1, i2);

	output wire o1;
	input wire i2;

endmodule // ym6045b_cell_35

module ym6045b_cell_27 (  o1, i2);

	output wire o1;
	input wire i2;

endmodule // ym6045b_cell_27

module ym6045b_cell_28 (  i1, o2, i5, i6);

	input wire i1;
	output wire o2;
	input wire i5;
	input wire i6;

endmodule // ym6045b_cell_28

module ym6045b_cell_38 (  o1, o2, i10, i12);

	output wire o1;
	output wire o2;
	input wire i10;
	input wire i12;

endmodule // ym6045b_cell_38

module ym6045b_cell_26 (  i2, i4, o5);

	input wire i2;
	input wire i4;
	output wire o5;

endmodule // ym6045b_cell_26

module ym6045b_cell_17 (  i2, o3, o10, o16, o23, o29, o36, o42, o49, i56, i57);

	input wire i2;
	output wire o3;
	output wire o10;
	output wire o16;
	output wire o23;
	output wire o29;
	output wire o36;
	output wire o42;
	output wire o49;
	input wire i56;
	input wire i57;

endmodule // ym6045b_cell_17



// ERROR: floating wire w1
// ERROR: floating wire w74
// ERROR: floating wire w164
// ERROR: floating wire w224
// ERROR: floating wire w227
// ERROR: floating wire w294
// ERROR: floating wire w296
// ERROR: floating wire w312
// ERROR: floating wire w315
// ERROR: floating wire w358
// ERROR: floating wire w392
// ERROR: floating wire w394
// WARNING: Cell ym6045b_cell_23:g1 port o2 not connected.
// WARNING: Cell ym6045b_cell_23:g3 port o5 not connected.
// WARNING: Cell ym6045b_cell_9:g29 port o11 not connected.
// WARNING: Cell ym6045b_cell_25:g34 port o2 not connected.
// WARNING: Cell ym6045b_cell_2:g45 port o4 not connected.
// WARNING: Cell ym6045b_cell_9:g49 port o11 not connected.
// WARNING: Cell ym6045b_cell_23:g54 port o2 not connected.
// WARNING: Cell ym6045b_cell_23:g63 port o2 not connected.
// WARNING: Cell ym6045b_cell_23:g64 port o2 not connected.
// WARNING: Cell ym6045b_cell_23:g71 port o2 not connected.
// WARNING: Cell ym6045b_cell_2:g76 port o4 not connected.
// WARNING: Cell ym6045b_cell_23:g82 port o2 not connected.
// WARNING: Cell ym6045b_cell_23:g84 port o5 not connected.
// WARNING: Cell ym6045b_cell_2:g116 port o2 not connected.
// WARNING: Cell ym6045b_cell_23:g125 port o2 not connected.
// WARNING: Cell ym6045b_cell_23:g129 port o2 not connected.
// WARNING: Cell ym6045b_cell_2:g133 port o2 not connected.
// WARNING: Cell ym6045b_cell_2:g134 port o4 not connected.
// WARNING: Cell ym6045b_cell_2:g137 port o2 not connected.
// WARNING: Cell ym6045b_cell_23:g144 port o2 not connected.
// WARNING: Cell ym6045b_cell_23:g145 port o2 not connected.
// WARNING: Cell ym6045b_cell_14:g153 port o2 not connected.
// WARNING: Cell ym6045b_cell_14:g154 port o2 not connected.
// WARNING: Cell ym6045b_cell_23:g175 port o2 not connected.
// WARNING: Cell ym6045b_cell_23:g180 port o2 not connected.
// WARNING: Cell ym6045b_cell_9:g190 port o11 not connected.
// WARNING: Cell ym6045b_cell_2:g192 port o2 not connected.
// WARNING: Cell ym6045b_cell_38:g203 port o1 not connected.
// WARNING: Cell ym6045b_cell_38:g205 port o1 not connected.
// WARNING: Cell ym6045b_cell_38:g206 port o1 not connected.
// WARNING: Cell ym6045b_cell_38:g208 port o1 not connected.
// WARNING: Cell ym6045b_cell_38:g209 port o1 not connected.
// WARNING: Cell ym6045b_cell_14:g212 port o2 not connected.
// WARNING: Cell ym6045b_cell_14:g212 port o15 not connected.
// WARNING: Cell ym6045b_cell_14:g213 port o2 not connected.
// WARNING: Cell ym6045b_cell_14:g214 port o2 not connected.
// WARNING: Cell ym6045b_cell_14:g214 port o15 not connected.
// WARNING: Cell ym6045b_cell_14:g215 port o2 not connected.
// WARNING: Cell ym6045b_cell_9:g224 port o11 not connected.
// WARNING: Cell ym6045b_cell_23:g257 port o2 not connected.
// WARNING: Cell ym6045b_cell_38:g260 port o1 not connected.
// WARNING: Cell ym6045b_cell_38:g261 port o1 not connected.
// WARNING: Cell ym6045b_cell_38:g264 port o1 not connected.
// WARNING: Cell ym6045b_cell_38:g265 port o1 not connected.
// WARNING: Cell ym6045b_cell_14:g268 port o2 not connected.
// WARNING: Cell ym6045b_cell_14:g270 port o2 not connected.
// WARNING: Cell ym6045b_cell_23:g278 port o2 not connected.
// WARNING: Cell ym6045b_cell_2:g281 port o2 not connected.
// WARNING: Cell ym6045b_cell_23:g285 port o2 not connected.